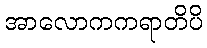
အာလောကကရာတိပိ